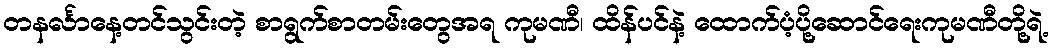
တနင်္လာနေ့တင်သွင်းတဲ့ စာရွက်စာတမ်းတွေအရ ကုမဏီ၊ ထိန်ပင်နဲ့ ထောက်ပံ့ပို့ဆောင်ရေးကုမဏီတို့ရဲ့